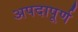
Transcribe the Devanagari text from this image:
अपदापूर्ण